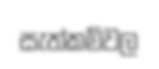
සැත්කම්වල